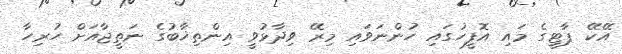
އޭކޭ ޕާޓީގެ މައި އޮފީހުގައި ހުންނަވައި މިރޭ ވިދާޅުވީ އިންތިޚާބުގެ ނަތީޖާއަށް ހުރިހާ